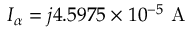
I _ { \alpha } = j 4 . 5 9 7 5 \times 1 0 ^ { - 5 } \mathrm { ~ A ~ }